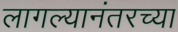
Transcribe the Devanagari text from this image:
लागल्यानंतरच्या